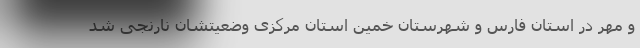
و مهر در استان فارس و شهرستان خمین استان مرکزی وضعیتشان نارنجی شد